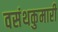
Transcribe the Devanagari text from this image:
वसंथकुमारी